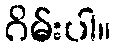
ဂိမ်းပါ။